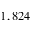
1 , 8 2 4